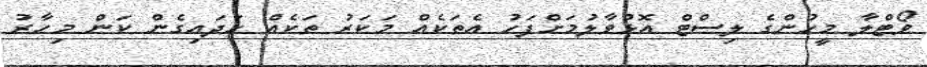
ވޯޓްލާ މީހުންގެ ލިސްޓް އޮޅުވާލުމަށްފަހު އެތަކެއް މަކަރު ތަކެއް ހަދައިގެން ކަން މިހާރު